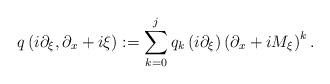
LaTeX: \begin{align*}q\left( i\partial_{\xi},\partial_{x}+i\xi\right) :=\sum_{k=0}^{j}q_{k}\left( i\partial_{\xi}\right) \left( \partial_{x}+iM_{\xi}\right)^{k}. \end{align*}